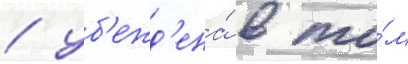
/ уб'ежд'ена́ в то́м